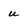
Character: u